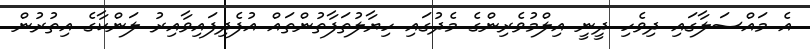
އެ މައްސަލާގައި ދިވެހި ދީނީ އިލްމުވެރިންގެ މެދުގައި ހިޔާލުތަފާތުންތައް އުފެދިފައިވާއިރު ލަންކާގެ އިތުރުން